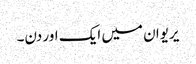
یریوان میں ایک اور دن۔